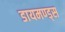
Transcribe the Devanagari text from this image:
डायमण्ड्स